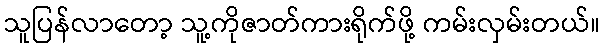
သူပြန်လာတော့ သူ့ကိုဇာတ်ကားရိုက်ဖို့ ကမ်းလှမ်းတယ်။